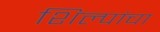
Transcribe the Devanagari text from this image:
शिल्पांचा